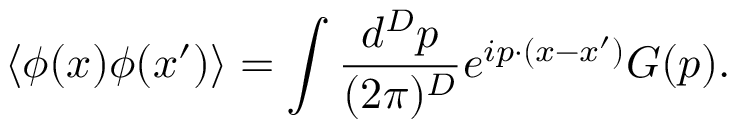
\left< \phi ( x ) \phi ( x ^ { \prime } ) \right> = \int \frac { d ^ { D } p } { ( 2 \pi ) ^ { D } } e ^ { i p \cdot ( x - x ^ { \prime } ) } G ( p ) .